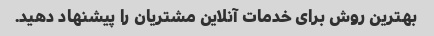
بهترین روش برای خدمات آنلاین مشتریان را پیشنهاد دهید.